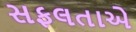
સફલતાએ